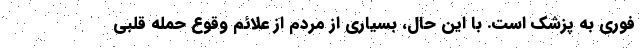
فوری به پزشک است. با این حال، بسیاری از مردم از علائم وقوع حمله قلبی